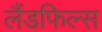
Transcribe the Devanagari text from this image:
लैंडफिल्स